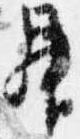
昇